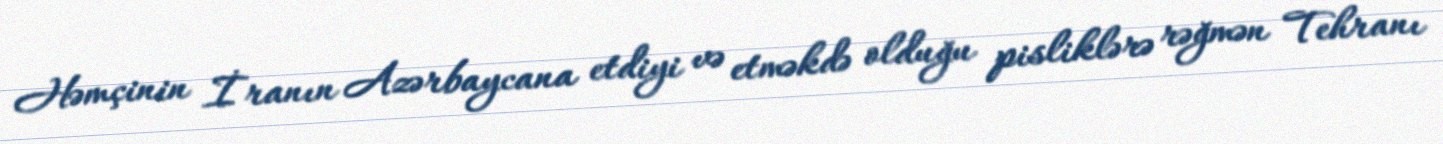
Həmçinin İranın Azərbaycana etdiyi və etməkdə olduğu pisliklərə rəğmən Tehranı